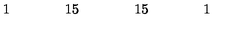
\begin{array} { c c c c c c c c c c c c c c c c c } { } & { } & { 1 } & { } & { } & { } & { 1 5 } & { } & { } & { } & { 1 5 } & { } & { } & { } & { 1 } & { } & { } \\ \end{array}